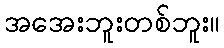
အအေးဘူးတစ်ဘူး။